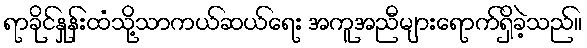
ရာခိုင်နှုန်းထံသို့သာကယ်ဆယ်ရေး အကူအညီများရောက်ရှိခဲ့သည်။